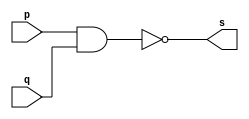
// Exercicio 1 - NAND 
// Nome: Thaise Souto Martins 

// ------------------------- 
// -- nand gate 
// ------------------------- 
module nandgate (output s, input p, input q);  
	assign s = ~(p & q); 
endmodule 

// ------------------------- 
// -- test nand gate 
// ------------------------- 
module testnandgate; 
	reg a,b; 	 
	wire s; 
	nandgate NAND1 (s, a, b); 
	
	initial begin:start 
		a=0;b=0; // valor inicial 
	end 

	initial begin:main 
		$display("Exercicio 1 - Thaise Souto Martins - 395504"); 
		$display("Test NAND Gate:"); 
		$display("\n ~(a & b) = s\n");
		
		a=0; b=0; 
		#1 $display("%b ~& %b = %b", a,b,s);
		a=0; b=1;
		#1 $display("%b ~& %b = %b", a,b,s);
		a=1; b=0;  
		#1 $display("%b ~& %b = %b", a,b,s);
		a=1; b=1; 
		#1 $display("%b ~& %b = %b", a,b,s);
	end 
endmodule